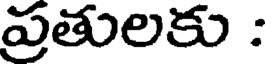
ప్రతులకు :